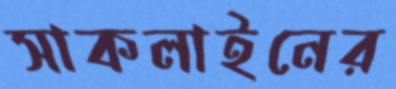
সাকলাইনের